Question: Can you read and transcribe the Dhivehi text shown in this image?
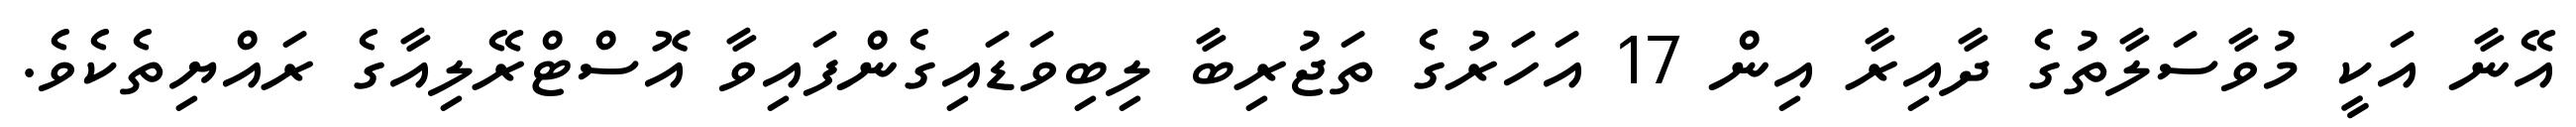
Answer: އޭނާ އަކީ މުވާސަލާތުގެ ދާއިރާ އިން 17 އަހަރުގެ ތަޖުރިބާ ލިބިވަޑައިގެންފައިވާ އޮސްޓްރޭލިއާގެ ރައްޔިތެކެވެ.